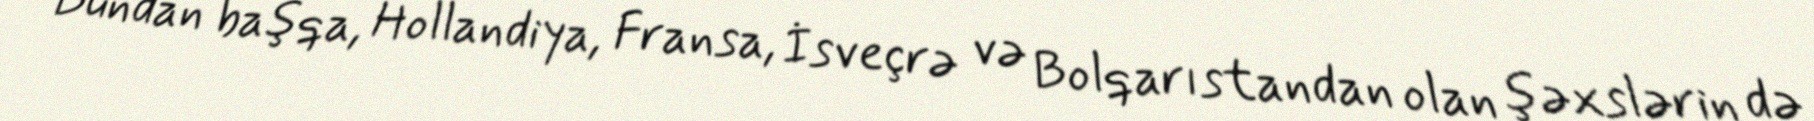
Bundan başqa, Hollandiya, Fransa, İsveçrə və Bolqarıstandan olan şəxslərin də